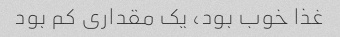
غذا خوب بود، یک مقداری کم بود